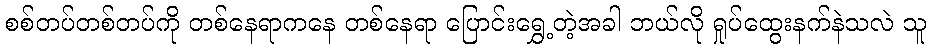
စစ်တပ်တစ်တပ်ကို တစ်နေရာကနေ တစ်နေရာ ပြောင်းရွှေ့တဲ့အခါ ဘယ်လို ရှုပ်ထွေးနက်နဲသလဲ သူ